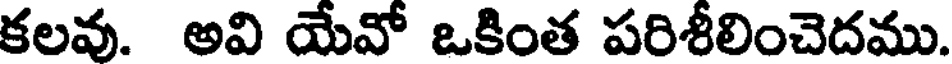
కలవు. అవి యేవో ఒకింత పరిశీలించెదము.